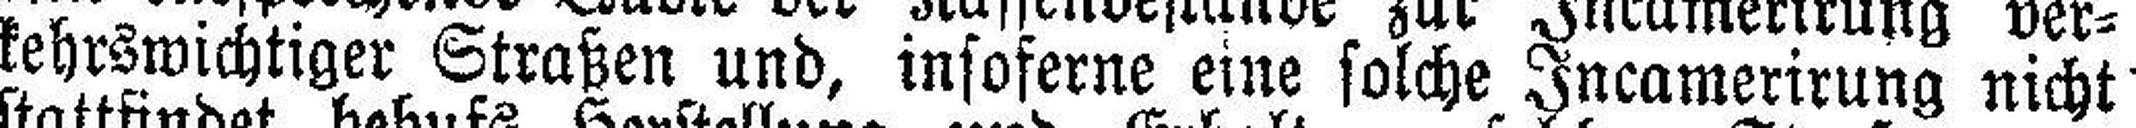
kehrswichtiger Straßen und, insoserne eine solche Incamerirung nicht